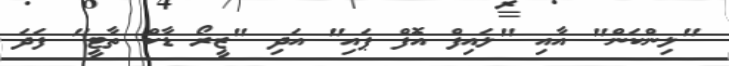
"ލިންކަން" އާއި "ލައިފް އޮފް ޕައި" އަދި "ޒީރޯ ޑާކް ތާޓީ" ފަދަ